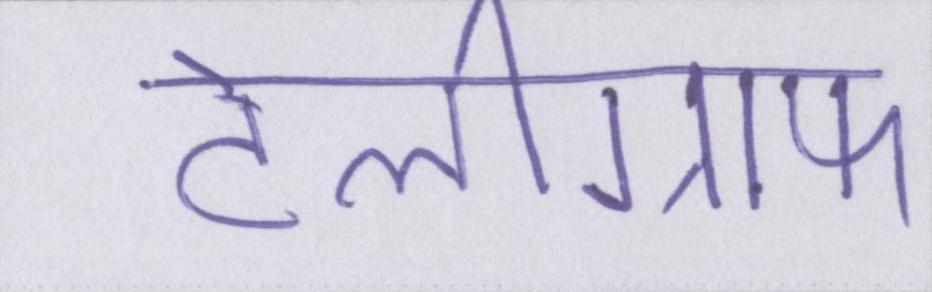
टेलीग्राफ